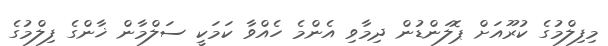
މިފިލްމުގެ ކުރޫއަށް ޕޮލަންޑުން ދިމާވި އެންމެ ހެއްވާ ކަމަކީ ސަލްމާން ޚާންގެ ފިލްމުގެ